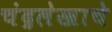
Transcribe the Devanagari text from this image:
चंद्रलेखाचे